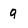
Character: 9